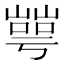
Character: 𡼰